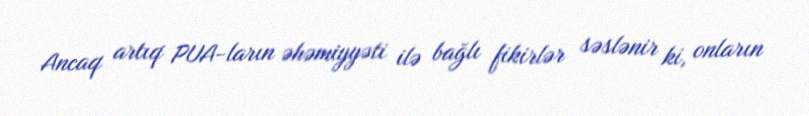
Ancaq artıq PUA-ların əhəmiyyəti ilə bağlı fikirlər səslənir ki, onların